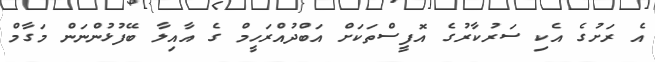
އެ ރަށުގެ އެކި ސަރުކާރުގެ އޮފީސްތަކަށް އަބްދުއްރަހީމް ގެ އާއިލާ ބޭފުޅުންނަން މަގާމް